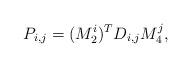
LaTeX: \begin{align*} P_{i,j}= (M_2^i)^TD_{i,j}M_4^j, \end{align*}